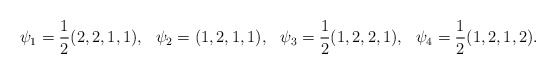
\begin{align*}\psi_1 &= \frac{1}{2}(2,2,1,1),&\psi_2 &= (1,2,1,1),&\psi_3 &= \frac{1}{2}(1,2,2,1),&\psi_4 &= \frac{1}{2}(1,2,1,2).\end{align*}